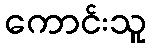
ကောင်းသူ